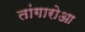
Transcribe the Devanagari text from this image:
तांगारोआ